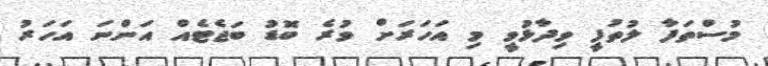
މުސްތަފާ ލުތުފީ ވިދާޅުވީ މި އަހަރަށް ވުރެ ބޮޑު ބަޖެޓެއް އަންނަ އަހަރު